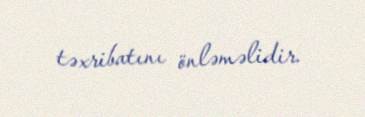
təxribatını önləməlidir.